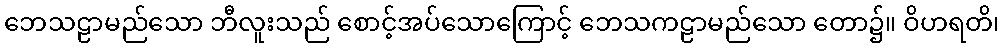
ဘေသဠာမည်သော ဘီလူးသည် စောင့်အပ်သောကြောင့် ဘေသကဠာမည်သော တော၌။ ဝိဟရတိ၊